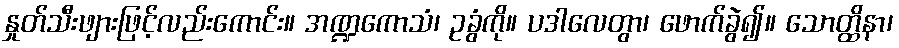
နှုတ်သီးဖျားဖြင့်လည်းကောင်း။ အဏ္ဍကောသံ၊ ဥခွံကို။ ပဒါလေတွာ၊ ဖောက်ခွဲ၍။ သောတ္ထိနာ၊